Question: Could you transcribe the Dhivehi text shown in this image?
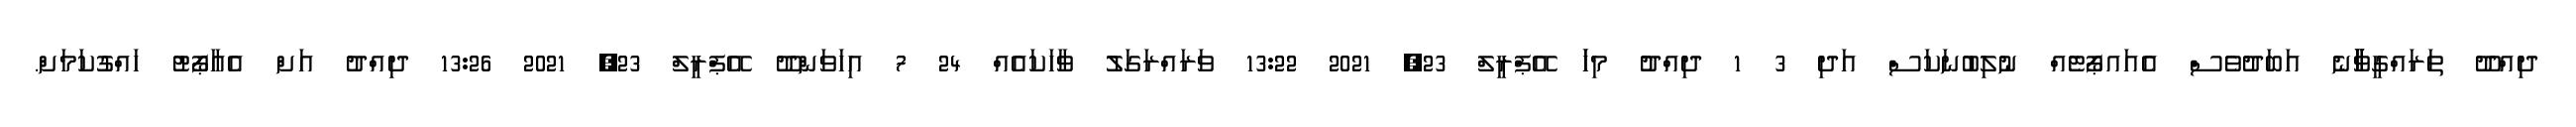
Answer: ދިއްދޫ ތަރައްގީވާާާނެ އަބަދުވެސް އެއައޕޯޓެއް ނުލިބުނަކަސް އަދި 3 1 ދިއްދުު މިހަަ އޭޕްރީލް 23, 2021 13:22 ވަރައްރަގަލު ވާހަކައެއް 24 7 އިހަވަންދޫ އޭޕްރީލް 23, 2021 13:26 ދިއްދު އަށް އެއާޕޯޓު ހައްގުކަމަށް.